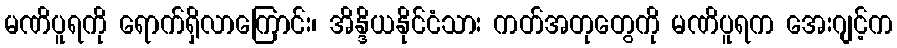
မဏိပူရကို ရောက်ရှိလာကြောင်း၊ အိန္ဒိယနိုင်ငံသား ကတ်အတုတွေကို မဏိပူရက အေးဂျင့်က